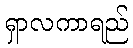
ရှာလကာရည်